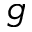
g